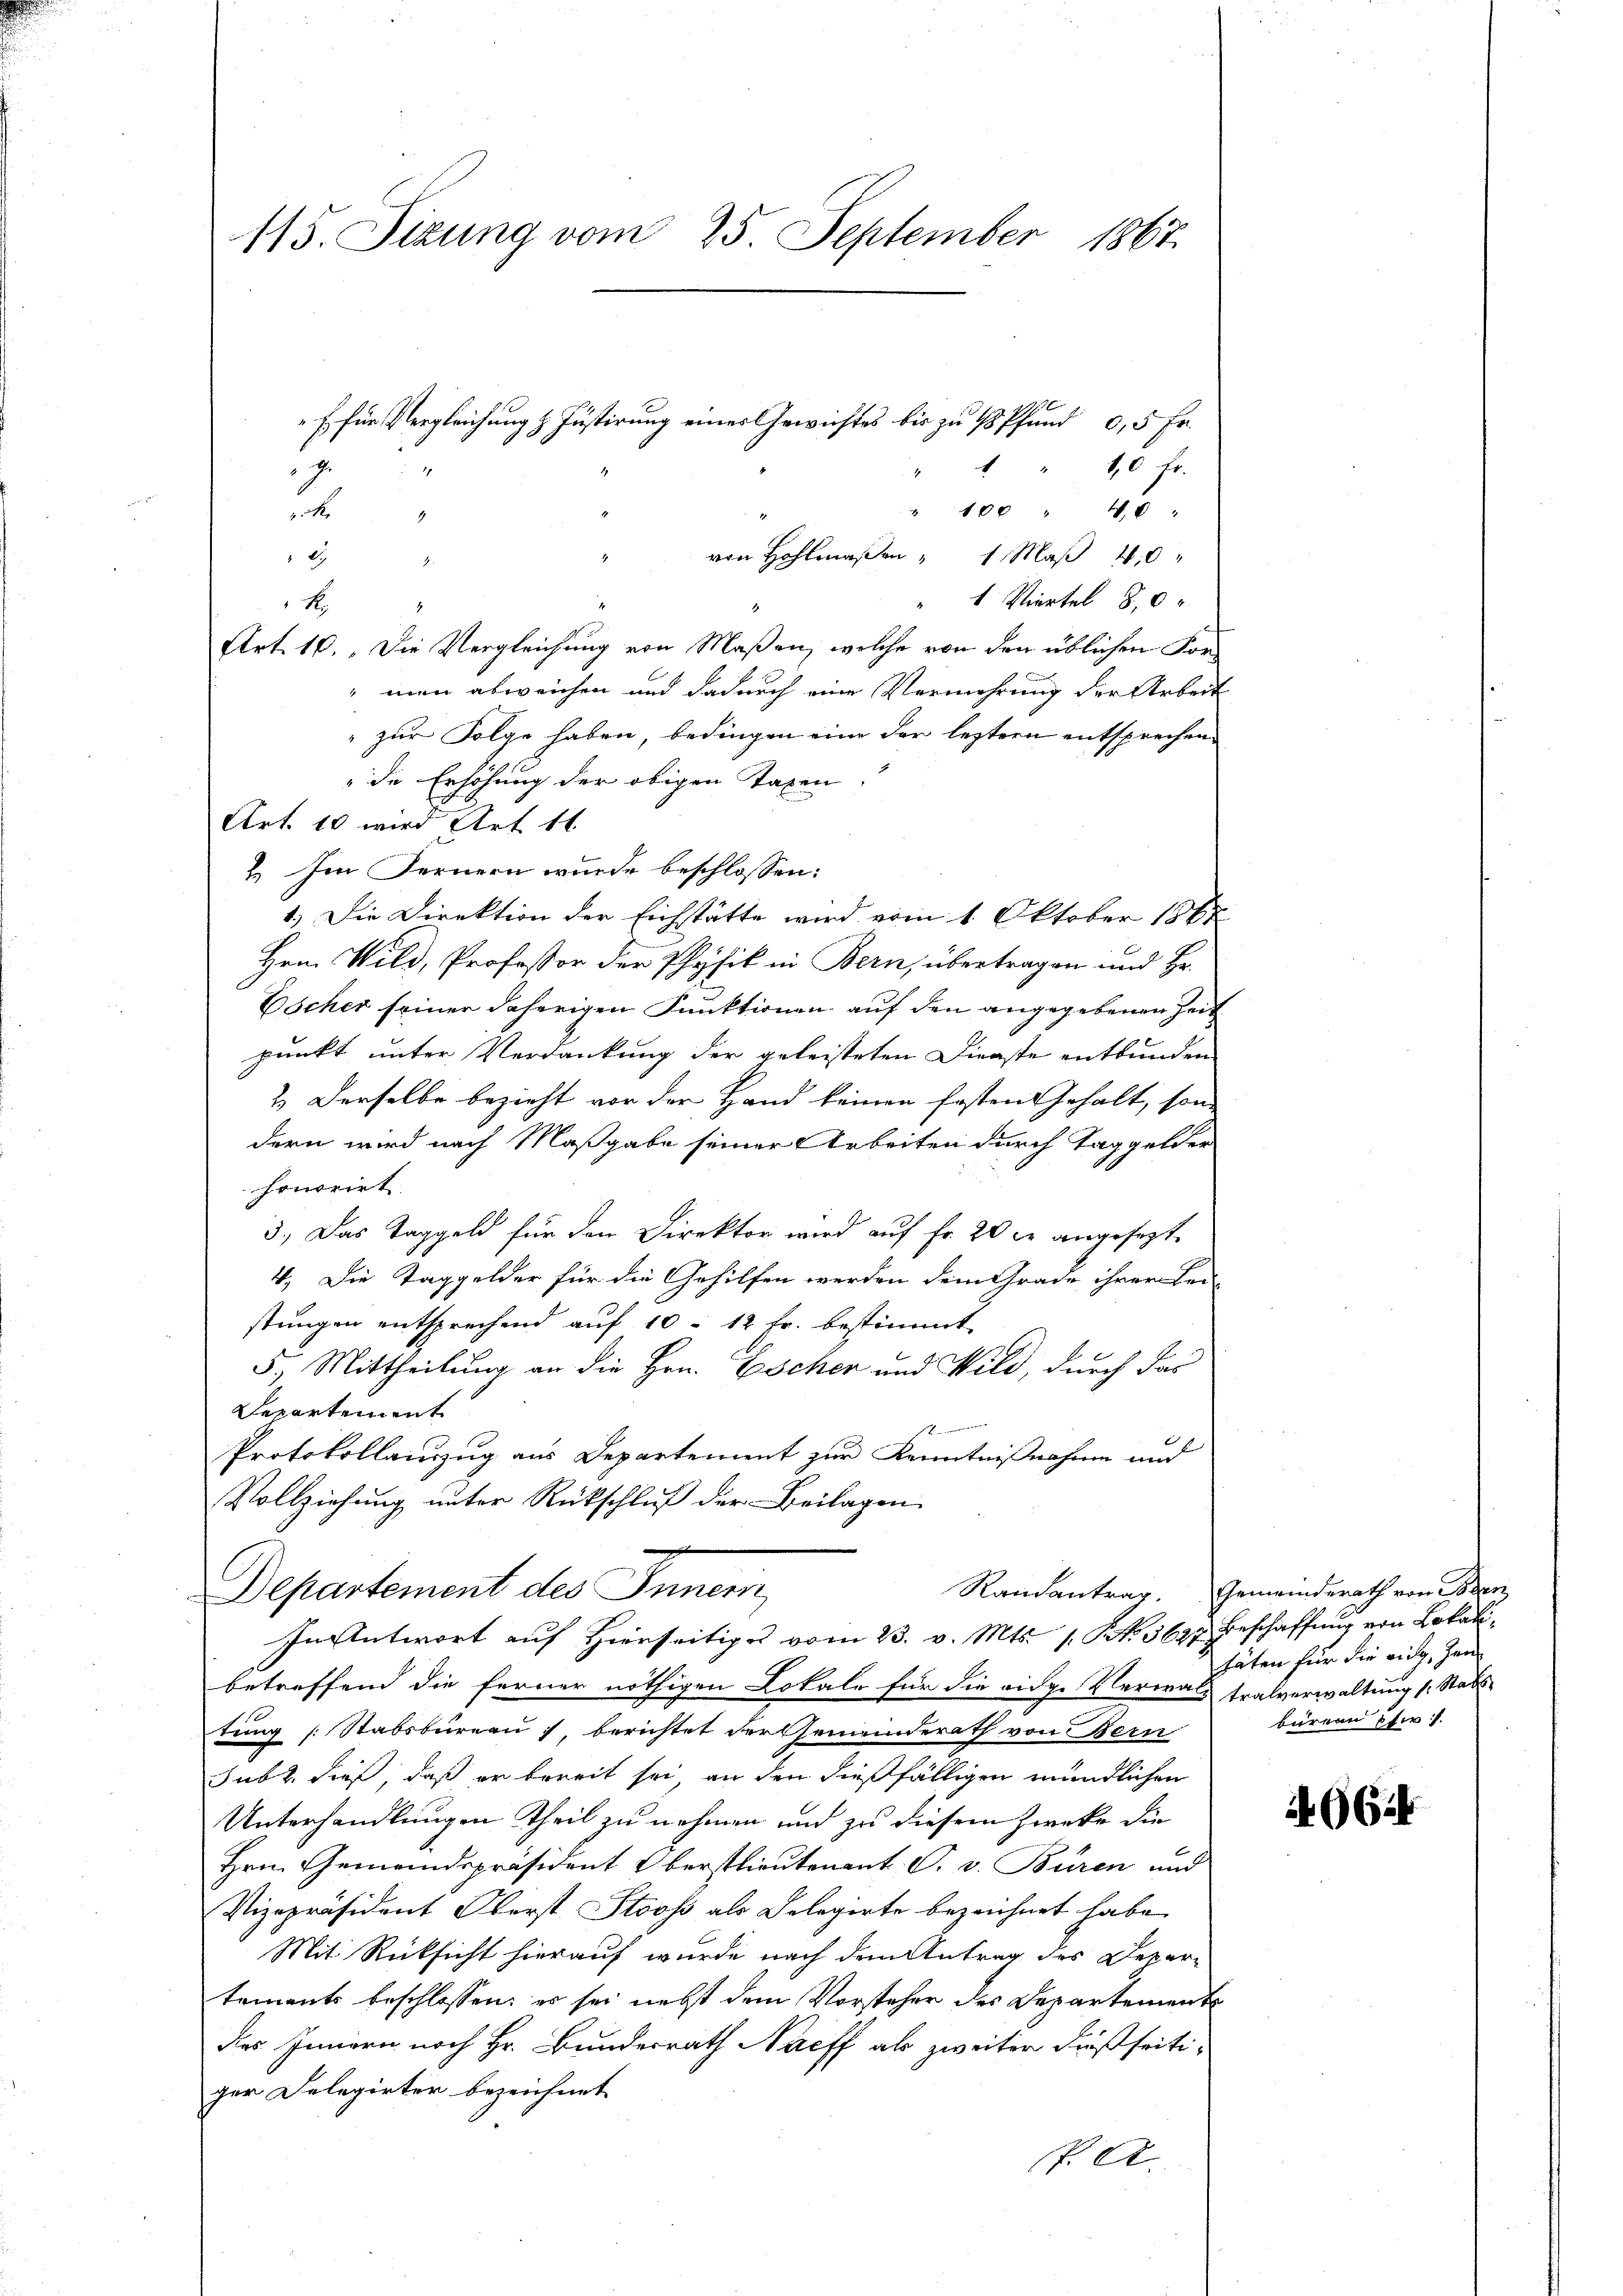
115. Sizung vom 25. September 1867.

" " " 110 fr.
" 100 " 10 "
2
von Hofmaßen " 1 Maß 410
2
"1 Viertel 8,0
k
2
Art. 10. Die Vergleichung von Maßen, welche von den üblichen For¬
" man abweichen und dadurch eine Vermehrung der Arbeit
 zur Folge haben, bedingen eine der leztern entsprechen
de Erhöhung der obigen Taxen,
Art. 10 wird Art 16
2. Im Fernern wurde beschlossen:
1.) Die Direktion der Eichstätte wird vom 1. Oktober 1867
Hrn. Wild, Professor der Physik in Bern, übertragen und Hr.
Escher seiner daherigen Funktionen auf den angegebenen Zeit
punkt unter Verdankung der geleisteten Dienste entbunden
2. Derselbe bezieht vor der Hand keinen Ersten Gehalt, son-
dern wird nach Maßgabe seiner Arbeiten durch Taggelder
honorirt.
3.) Das Taggeld für den Direktor wird auf Fr. 20 x angesezt
4. Die Taggelder für die Gehilfen werden dem Grade ihrer Sei-
stungen entsprechend auf 10 - 12 fr. bestimmt
5. Mittheilung an die Hrn. Escher und Wild, durch das
Departemmt
Protokollauszug aus Departement zur Kenntnißnahme und
Vollziehung unter Rückschluß der Beilagen
Departement des Innern,
In Antwort auf Hierseitiges vom 23. v. Mts. 1. Frk. 369. Beschaffung von Lokalibetreffend die ferner nöthigen Lokale für die vide Verwalt tralverwaltung (: Stabstung [Stabsbureau berichtet der Gemeinderath von Bern
sub. dieß, daß er bereit sei, an den dießfälligen mündlichen
Unterhandlungen Theil zu nehmen und zu diesem Zwecke die
Hrn. Gemeindspräsident Oberstlieutenant C. v. Büren und
Vizepräsident Oberst Stooss als Gelegirte bezeichnet habe.
Mit Rücksicht hierauf wurde nach dem Antrag des Departements beschlossen: es sei nebst dem Vorsteher des Departement
des Innern noch Hr. Bundesrath Naeff als zweiter dießseitiger Delegirter bezeichnet
P. A.

E für Vergleichung z. Justirung eines Gewichtes bis zu 4 Pfund 0,5 Fr.
J.
1

E

Randantrag. Gemeinderath von Boden
täten für die ein, Jen
büreau Pfis

962